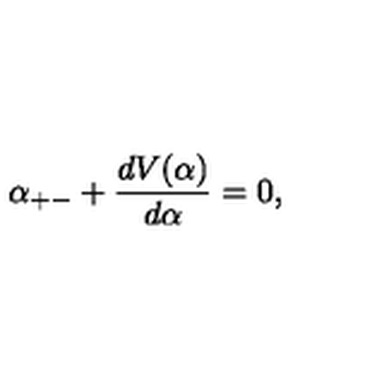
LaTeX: \alpha _ { + - } + \frac { d V ( \alpha ) } { d \alpha } = 0 ,